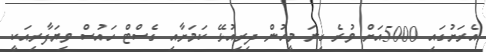
އެރަށުގައި 5000އަށް ވުރެ ގިނަ މީހުން ދިރިއުޅޭ ކަމަށާއި ގެސްޓް ހައުސް ވިޔަފާރިއަކީ